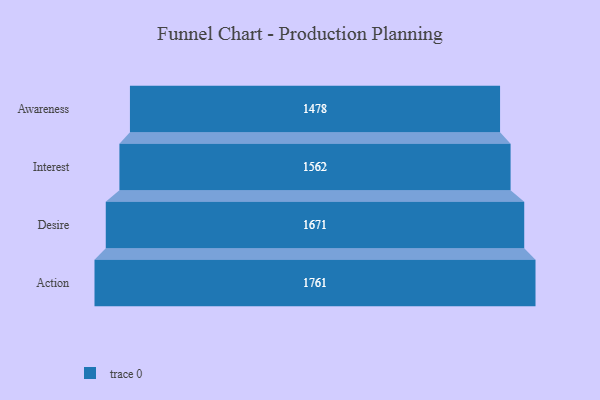
{"axis": {"x": "Stage", "y": "Value"}, "legend": [""], "data": [{"x": "Awareness", "y": 1478.0, "type": ""}, {"x": "Interest", "y": 1562.0, "type": ""}, {"x": "Desire", "y": 1671.0, "type": ""}, {"x": "Action", "y": 1761.0, "type": ""}]}